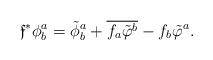
LaTeX: \begin{align*}\mathfrak{f}^\ast\phi_b^a=\tilde{\phi}_b^a+\overline{f_a\tilde{\varphi}^b}-f_b\tilde{\varphi}^a.\end{align*}